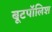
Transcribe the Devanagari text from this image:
बूटपॉलिश